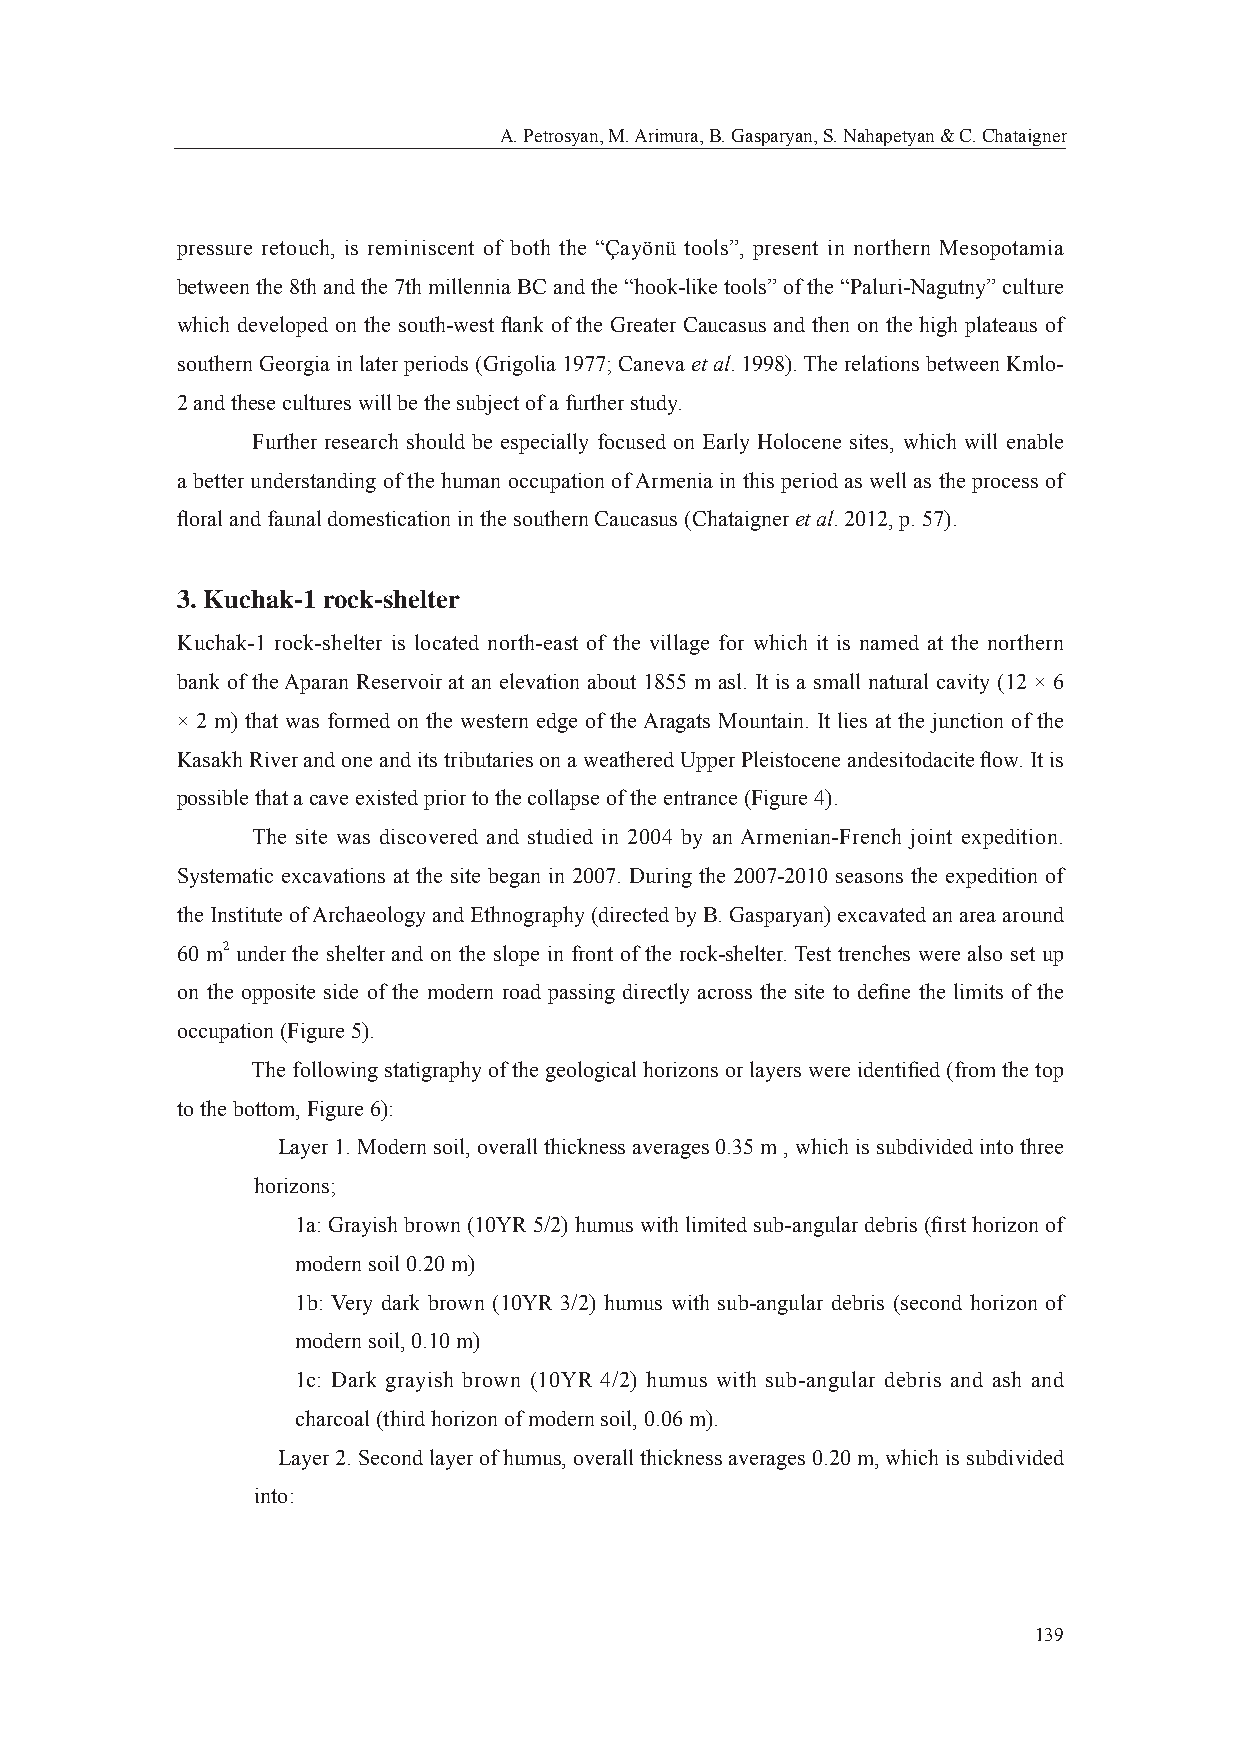
A. Petrosyan, M. Arimura, B. Gasparyan, S. Nahapetyan & C. Chataigner
 pressure retouch, is reminiscent of both the “Çayönü tools”, present in northern Mesopotamia
 between the 8th and the 7th millennia BC and the “hook-like tools” of the “Paluri-Nagutny” culture
 which developed on the south-west fl ank of the Greater Caucasus and then on the high plateaus of
 southern Georgia in later periods (Grigolia 1977; Caneva et al. 1998). The relations between Kmlo-
 2 and these cultures will be the subject of a further study.
 Further research should be especially focused on Early Holocene sites, which will enable
 a better understanding of the human occupation of Armenia in this period as well as the process of
 fl oral and faunal domestication in the southern Caucasus (Chataigner et al. 2012, p. 57).
 3. Kuchak-1 rock-shelter
 Kuchak-1 rock-shelter is located north-еаst of the village for which it is named at the northern
 bank of the Aparan Reservoir at an elevation about 1855 m asl. It is a small natural cavity (12 × 6
 × 2 m) that was formed on the western edge of the Aragats Mountain. It lies at the junction of the
 Kasakh River and one and its tributaries on a weathered Upper Pleistocene andesitodacite fl ow. It is
 possible that a cave existed prior to the collapse of the entrance (Figure 4).
 The site was discovered and studied in 2004 by an Armenian-French joint expedition.
 Systematic excavations at the site began in 2007. During the 2007-2010 seasons the expedition of
 the Institute of Archaeology and Ethnography (directed by B. Gasparyan) excavated an area around
 60 m2 under the shelter and on the slope in front of the rock-shelter. Test trenches were also set up
 on the opposite side of the modern road passing directly across the site to defi ne the limits of the
 occupation (Figure 5).
 The following statigraphy of the geological horizons or layers were identifi ed (from the top
 to the bottom, Figure 6):
 Layer 1. Modern soil, overall thickness averages 0.35 m , which is subdivided into three
 horizons;
 1a: Grayish brown (10YR 5/2) humus with limited sub-angular debris (fi rst horizon of
 modern soil 0.20 m)
 1b: Very dark brown (10YR 3/2) humus with sub-angular debris (second horizon of
 modern soil, 0.10 m)
 1c: Dark grayish brown (10YR 4/2) humus with sub-angular debris and ash and
 charcoal (third horizon of modern soil, 0.06 m).
 Layer 2. Second layer of humus, overall thickness averages 0.20 m, which is subdivided
 into:
 139